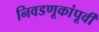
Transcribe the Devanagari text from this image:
निवडणूकांपूर्वी